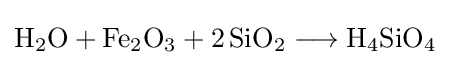
{\mathrm {H} {\vphantom {A}}_{\smash[{t}]{2}}\mathrm {O} {}+{}\mathrm {Fe} {\vphantom {A}}_{\smash[{t}]{2}}\mathrm {O} {\vphantom {A}}_{\smash[{t}]{3}}{}+{}2\,\mathrm {SiO} {\vphantom {A}}_{\smash[{t}]{2}}{}\mathrel {\longrightarrow } {}\mathrm {H} {\vphantom {A}}_{\smash[{t}]{4}}\mathrm {SiO} {\vphantom {A}}_{\smash[{t}]{4}}}